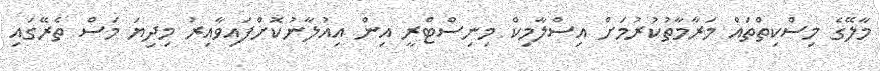
މާލޭގެ މިސްކިތްތައް މަރާމާތުކުރުމަށް އިސްލާމިކް މިނިސްޓްރީ އިން އިއުލާނުކޮށްފައިވާއިރު މިދިޔަ މަސް ތެރޭގައި